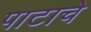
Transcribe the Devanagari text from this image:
पाटाचे